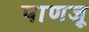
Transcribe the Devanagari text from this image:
पाणजू